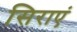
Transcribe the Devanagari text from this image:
सिराएं